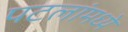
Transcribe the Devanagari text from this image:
पटलांमध्ये